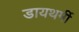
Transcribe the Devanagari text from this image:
डायथर्मी